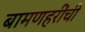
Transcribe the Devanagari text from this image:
बामणहरींची